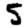
Digit: 5